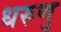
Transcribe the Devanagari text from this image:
धरुणु